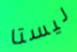
ليستا